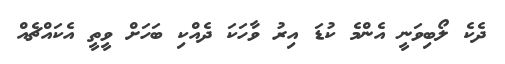
ދެކެ ލޯބިވަނީ އެންމެ ކުޑަ އިރު ވާހަކަ ދެއްކި ބަހަށް ވީތީ އެކައްޗެއް